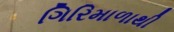
ગિરિમાળાથી